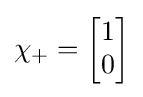
\chi _{+}={\begin{bmatrix}1\\0\\\end{bmatrix}}